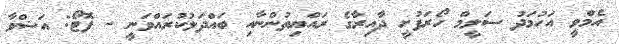
އެމްވީ އަހުމަދު ސަލީމް ހޯރަފުށީ ދާއިރާގެ ރައްޔިތުންނާއި ބައްދަލުކުރައްވަނީ - ފޮޓޯ: އަޝްވާ